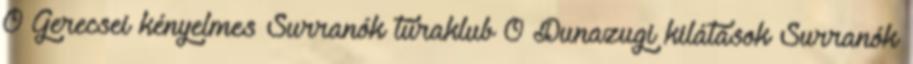
0 Gerecsei kényelmes Surranók túraklub 0 Dunazugi kilátások Surranók